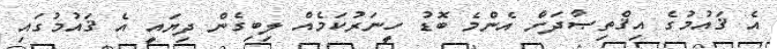
އެ ޤައުމުގެ އިޤްތިޞާދަށް އެންމެ ބޮޑު ހީނަރުކަމެއް ލިބިގެން ދިޔައީ އެ ޤައުމުގައި